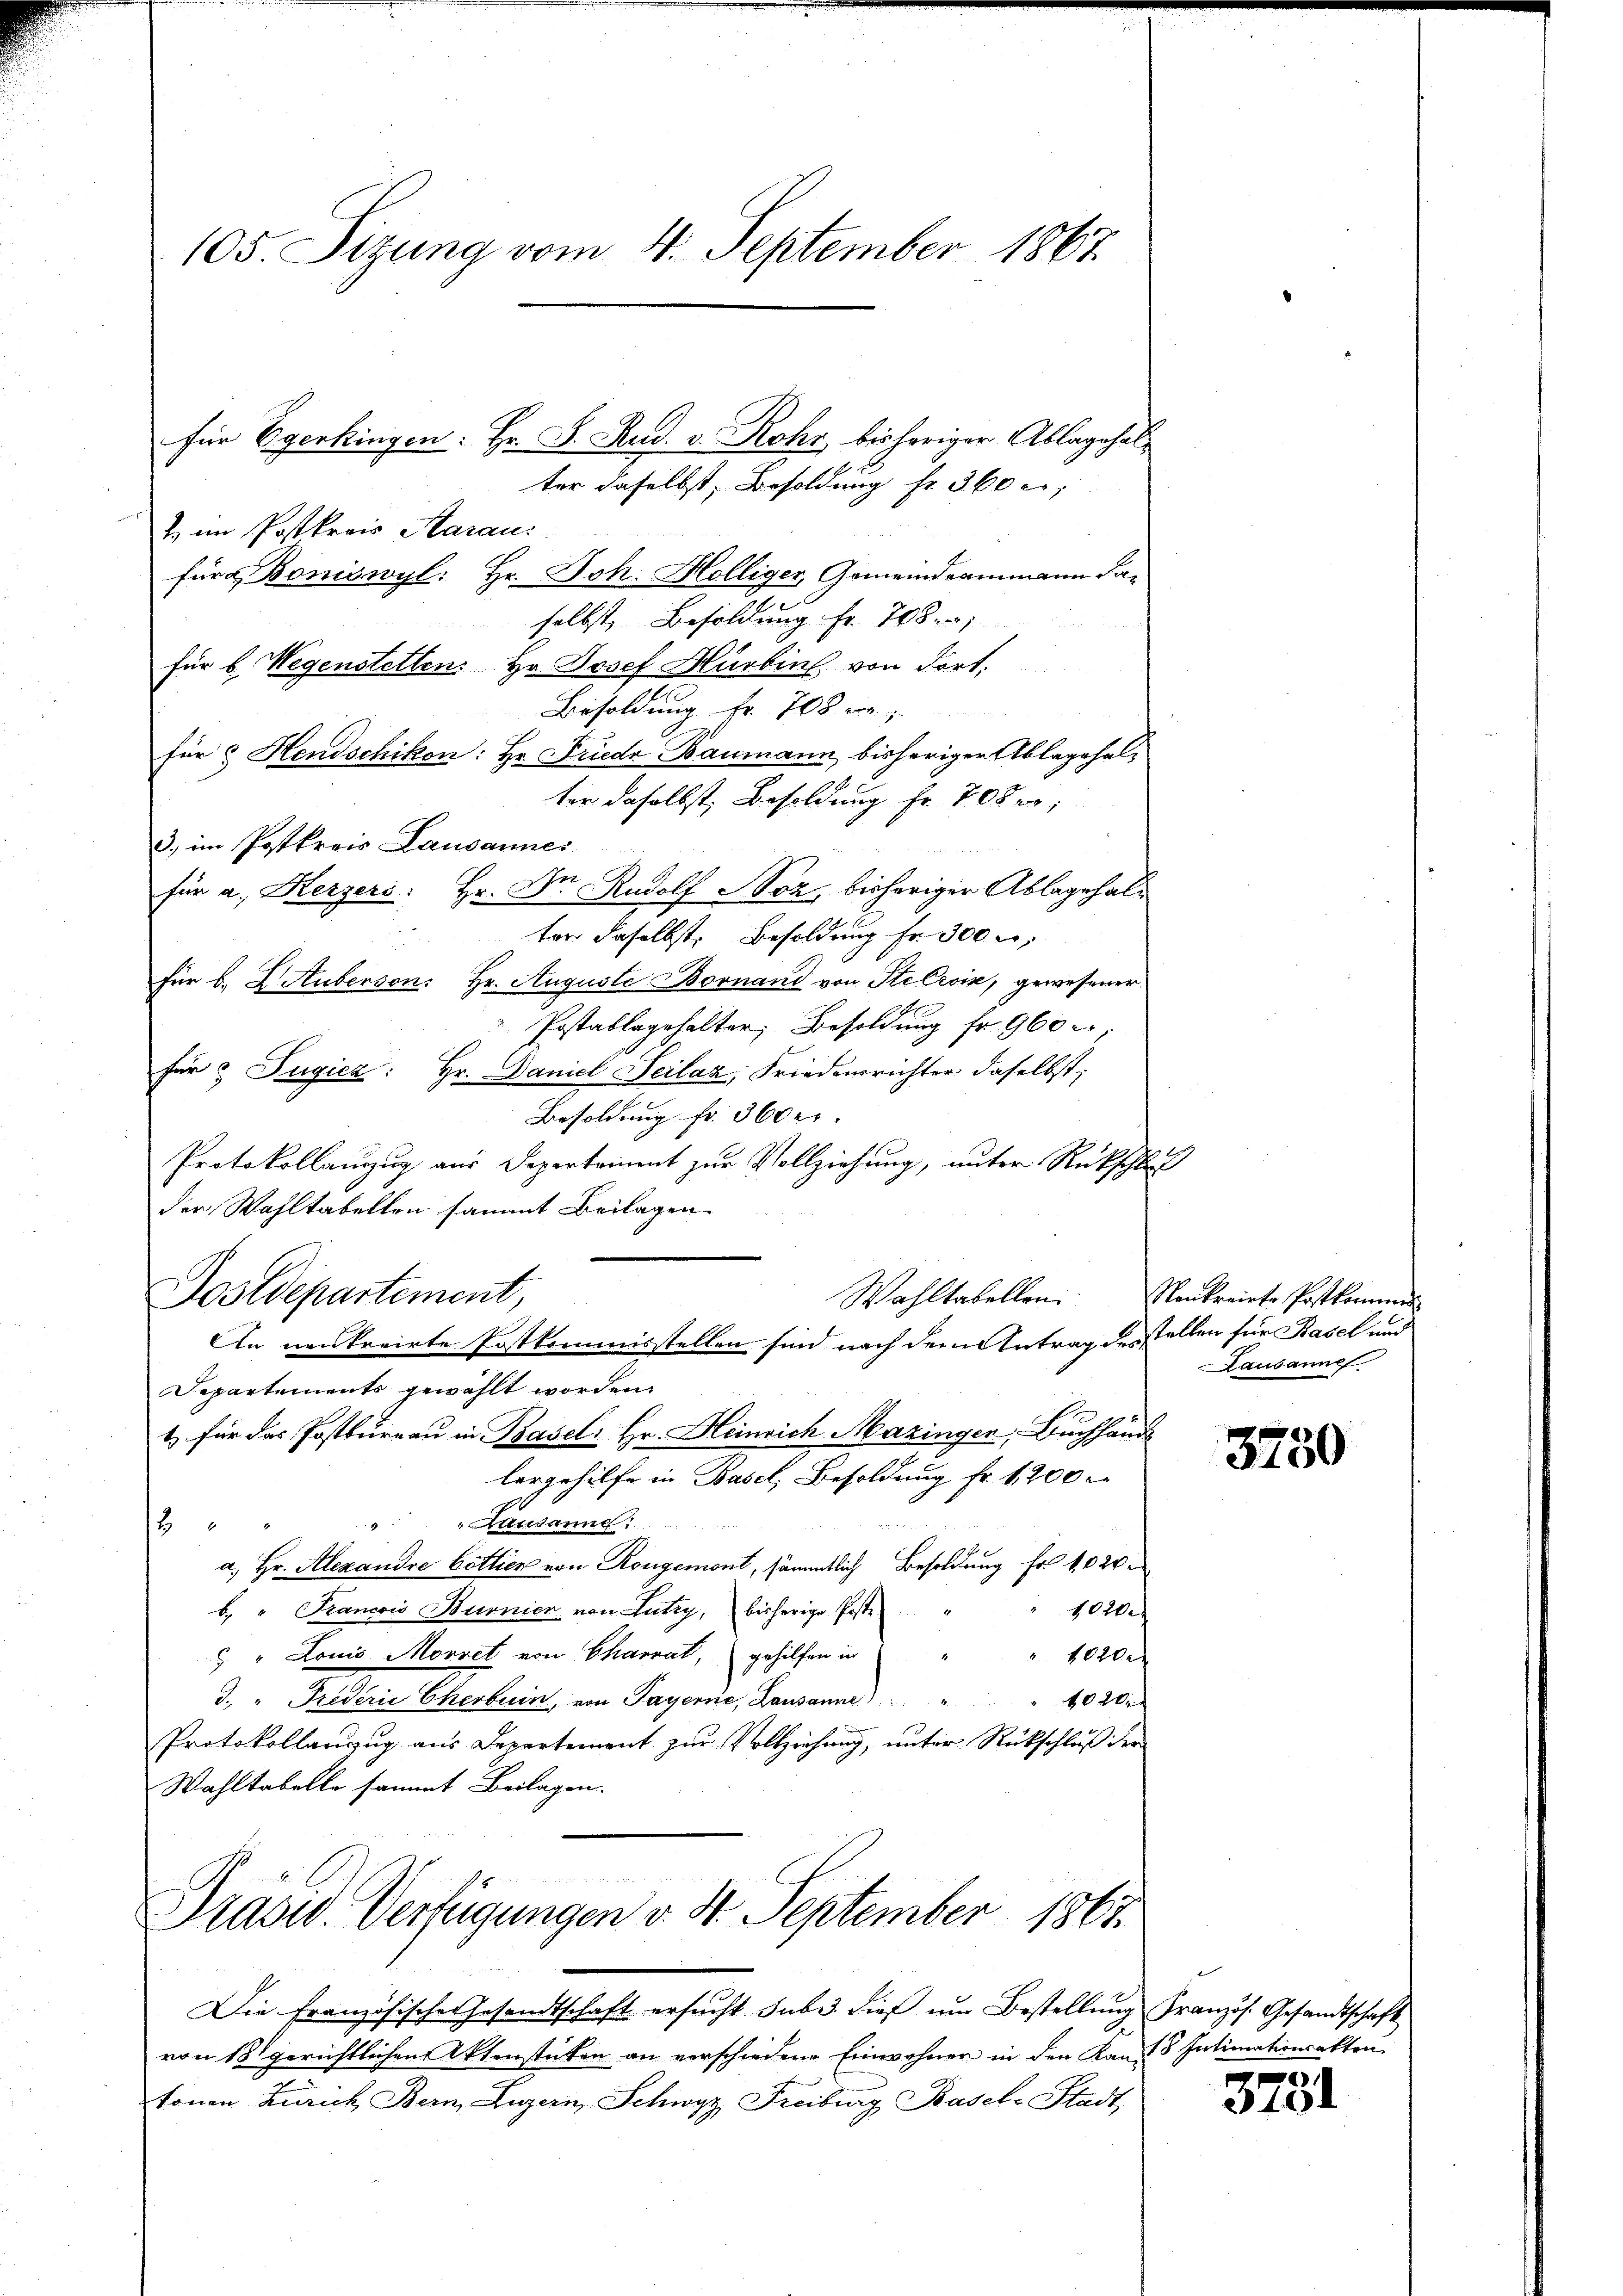
105. Sizung vom 4. September 1867

für Egerkingen: Hr. P. Rud. v. Rohr bisheriger Ablagehal-
ter daselbst, Besoldung fr. 360 c;
2. im Postkrais Aarau
für & Boniswyl: Hr. Joh. Holliger Gemeindeammann daselbst, Besoldung Fr. 708. 1
für 6 Wegenstetten. Hr. Josef Hürbin, von dort.
Besoldung Fr. 708. v.
für 3 Hendschikon: Hr. Friede Baumann, bisheriger Ablagehalter daselbst, Besoldung Fr. 708,
3. im Postkreis Lausannes
für a. Kerzers: Hr. Dr. Rudolf Noz, bisheriger Ablagehaltor daselbst. Besoldung fr. 300 u.
für b. I. Auberson. Hr. Auguste Bornand von Stelroin, gewesener
Postablegehalter, Besoldung fr. 960
für 2 Fugicz: Hr. Daniel Seilaz, Friedensrichter daselbst;
Besoldung fr. 360 er. |
Protokollauszug aus Depertriment zur Vollziehung, unter Rückschluß
der Wohltabellen sammt Beilagen
Postdepartement,
An neukreirte Postkommisstellen sind nach dem Antrag des stellen für Basel und
Separtements gewählt worden.
t für das Postbureau in Basel: Hr. Heinrich Mazingen, Buchhänd
lergehilfe in Basel, Besoldung fr. 1200 r
A
Andung
2
a. Hr. Alexandre bottier von Rongemont, sämmtlich Besoldung fr. 102.
b. " Francois Burnier von Lutry, bisherige Poste
10200
 " Louis Morret von Charrat, gehilfen in

" 10200
I. " Frederie Cherbein, von Payerne, Lausanne)
1020
Protokollanzug aus Departement zur Vollziehung, unter Rückschluß der
Wahltabelle sammt Beilagen.

Prasid. Verfügungen v. 8. September 1863.

Die Französische Gesandtschaft ersucht habe. dieß um Bestellung Französ. Gesandtschaft
von 18 gerichtlichen Aktenstücken an verschiedene Einwohner in den Kants Intimationsakten
tonen Zürich Bern, Luzern, Schwyz Freiburg Basel-Stadt,

Wahltabellen Neukreiste Postkommer
Lausanne

3750

3281